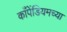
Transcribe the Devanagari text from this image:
काँपेंडियमच्या